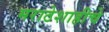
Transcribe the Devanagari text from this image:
मराठेशाहीचे